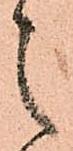
之